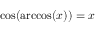
\cos ( \operatorname { a r c c o s } ( x ) ) = x